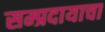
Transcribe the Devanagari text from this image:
सम्प्रदायाचा